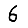
Digit: 6